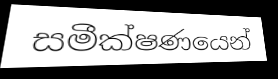
සමීක්ෂණයෙන්